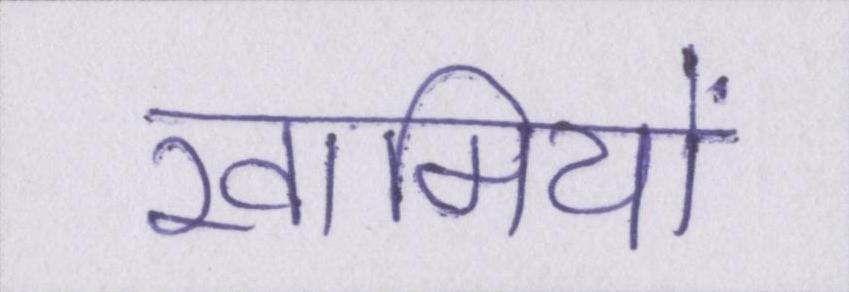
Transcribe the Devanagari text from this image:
खामियों